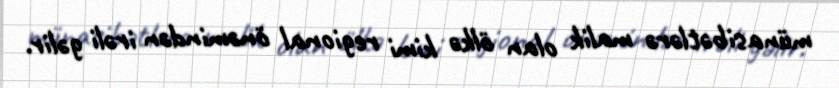
münasibətlərə malik olan ölkə kimi regional önəmindən irəli gəlir.